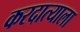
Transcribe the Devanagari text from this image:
करदात्याला